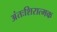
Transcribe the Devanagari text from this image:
अंतःशिरात्मक